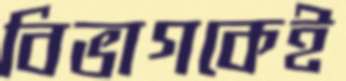
বিভাগকেই